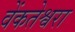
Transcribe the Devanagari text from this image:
वेंकतेश्वरा